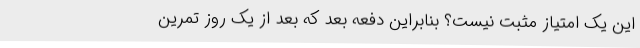
این یک امتیاز مثبت نیست؟ بنابراین دفعه بعد که بعد از یک روز تمرین